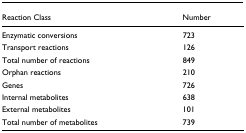
| Reaction Class | Number |
 | --- | --- |
 | Enzymatic conversions | 723 |
 | Transport reactions | 126 |
 | Total number of reactions | 849 |
 | Orphan reactions | 210 |
 | Genes | 726 |
 | Internal metabolites | 638 |
 | External metabolites | 101 |
 | Total number of metabolites | 739 |